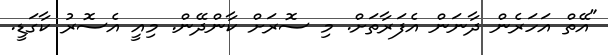
"އޭތް އަހަރެން ދާނަން އެފަރާތަށް. މި ސޮރަށް ކާންދޭން. މިއީ އެސޮރު ކާގަޑީ.